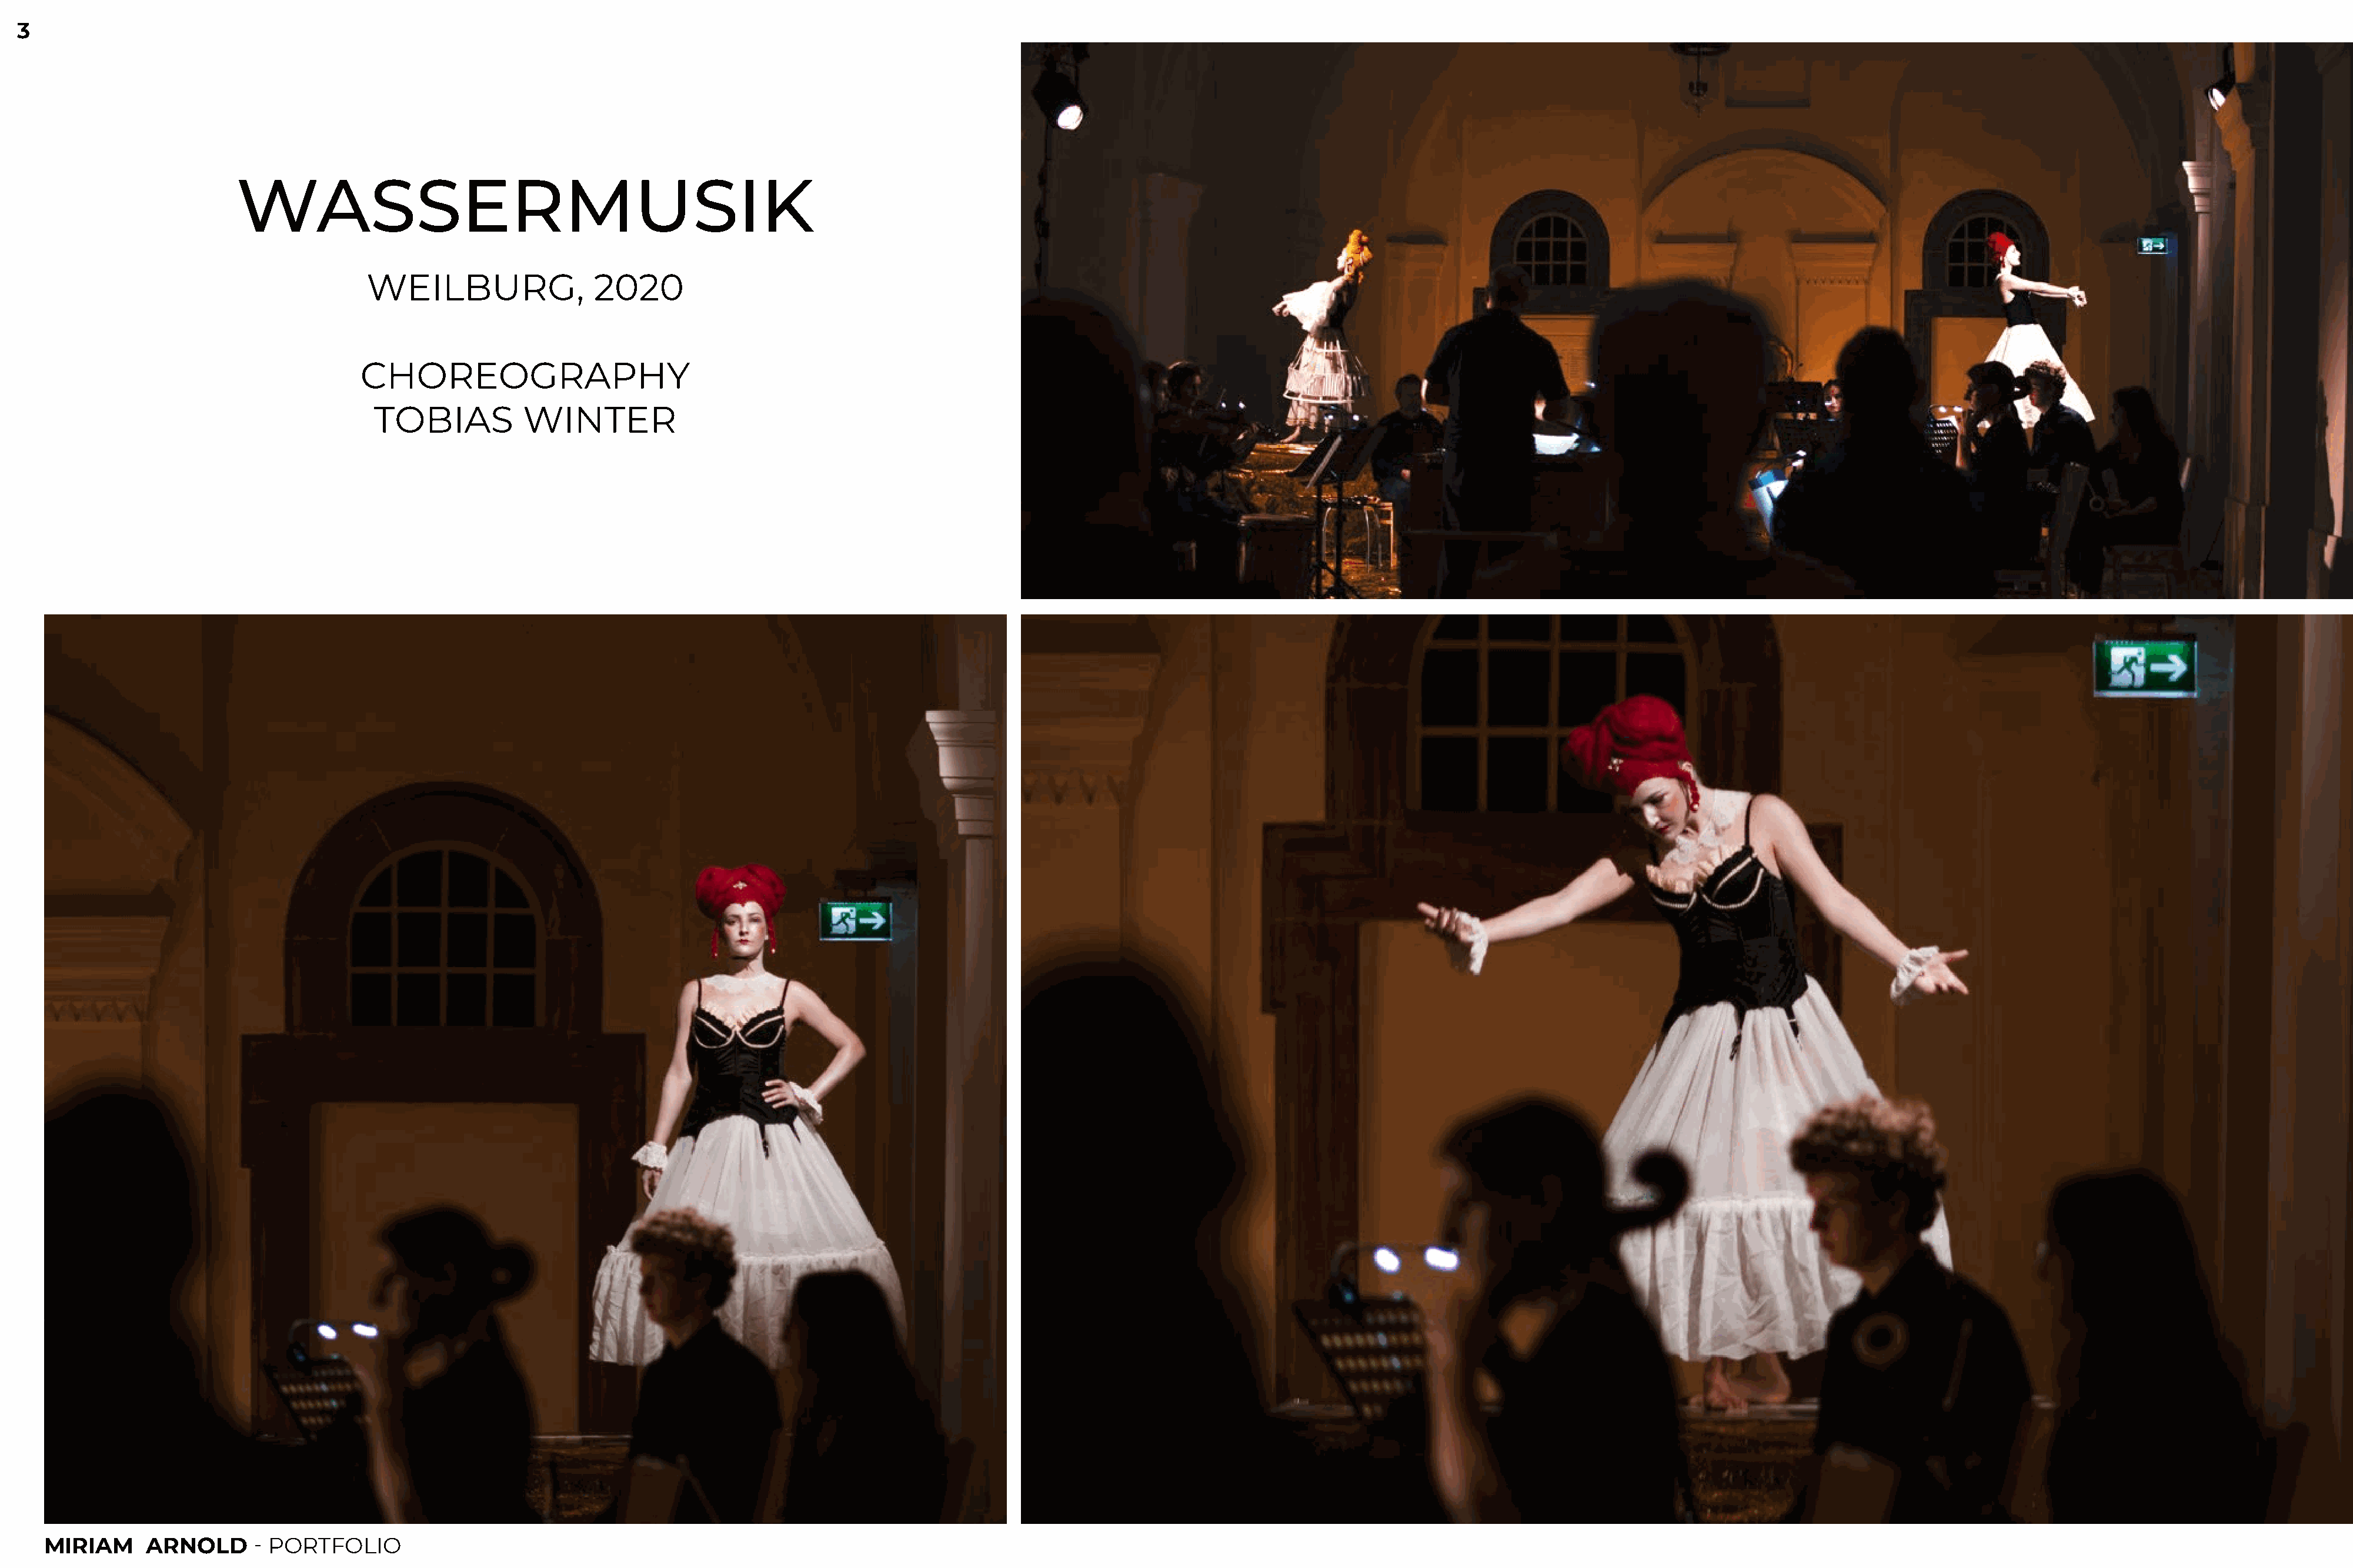
3
 WASSERMUSIK
 WEILBURG,                 2020
 CHOREOGRAPHY
 TOBIAS           WINTER
 MIRIAM     ARNOLD       - PORTFOLIO